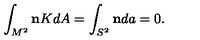
\int _ { M ^ { 2 } } { \bf n } K d A = \int _ { S ^ { 2 } } { \bf n } d a = 0 .